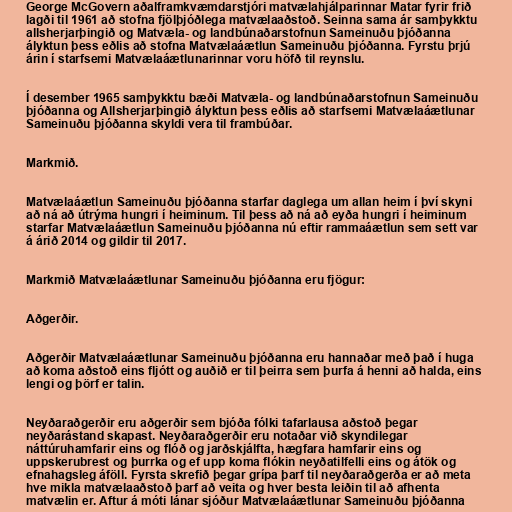
George McGovern aðalframkvæmdarstjóri matvælahjálparinnar Matar fyrir frið
lagði til 1961 að stofna fjölþjóðlega matvælaaðstoð. Seinna sama ár samþykktu
allsherjarþingið og Matvæla- og landbúnaðarstofnun Sameinuðu þjóðanna
ályktun þess eðlis að stofna Matvælaáætlun Sameinuðu þjóðanna. Fyrstu þrjú
árin í starfsemi Matvælaáætlunarinnar voru höfð til reynslu.

Í desember 1965 samþykktu bæði Matvæla- og landbúnaðarstofnun Sameinuðu
þjóðanna og Allsherjarþingið ályktun þess eðlis að starfsemi Matvælaáætlunar
Sameinuðu þjóðanna skyldi vera til frambúðar.

Markmið.

Matvælaáætlun Sameinuðu þjóðanna starfar daglega um allan heim í því skyni
að ná að útrýma hungri í heiminum. Til þess að ná að eyða hungri í heiminum
starfar Matvælaáætlun Sameinuðu þjóðanna nú eftir rammaáætlun sem sett var
á árið 2014 og gildir til 2017.

Markmið Matvælaáætlunar Sameinuðu þjóðanna eru fjögur:

Aðgerðir.

Aðgerðir Matvælaáætlunar Sameinuðu þjóðanna eru hannaðar með það í huga
að koma aðstoð eins fljótt og auðið er til þeirra sem þurfa á henni að halda, eins
lengi og þörf er talin.

Neyðaraðgerðir eru aðgerðir sem bjóða fólki tafarlausa aðstoð þegar
neyðarástand skapast. Neyðaraðgerðir eru notaðar við skyndilegar
náttúruhamfarir eins og flóð og jarðskjálfta, hægfara hamfarir eins og
uppskerubrest og þurrka og ef upp koma flókin neyðatilfelli eins og átök og
efnahagsleg áföll. Fyrsta skrefið þegar grípa þarf til neyðaraðgerða er að meta
hve mikla matvælaaðstoð þarf að veita og hver besta leiðin til að afhenta
matvælin er. Aftur á móti lánar sjóður Matvælaáætlunar Sameinuðu þjóðanna